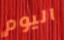
اليوم